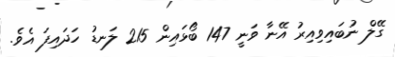
ގޭލް ނުބައިވިއިރު އޭނާ ވަނީ 147 ބޯޅައިން 215 ލަނޑު ހަދައިފަ އެވެ.